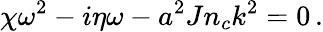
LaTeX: \chi\omega^{2}-i\eta\omega-a^{2}Jn_{c}k^{2}=0\, .